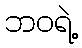
ဘဝရဲ့